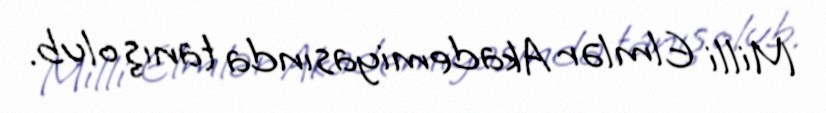
Milli Elmlər Akademiyasında tanış olub.